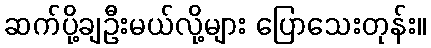
ဆက်ပို့ချဦးမယ်လို့များ ပြောသေးတုန်း။